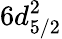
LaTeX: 6d_{5/2}^{2}